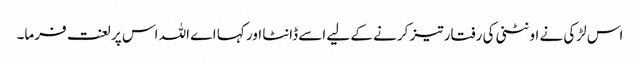
اس لڑکی نے اونٹنی کی رفتار تیز کرنے کے لیے اسے ڈانٹا اور کہا اے اللہ اس پر لعنت فرما۔